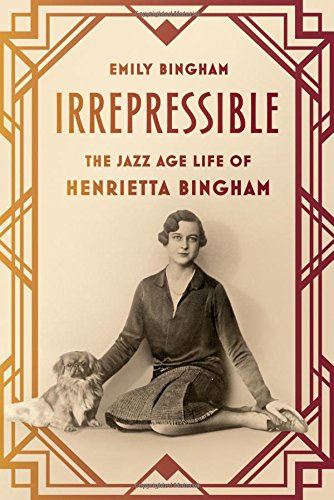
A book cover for Irrepressible: The Jazz Age Life of Henrietta Bingham; Emily Bingham; Gay & Lesbian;